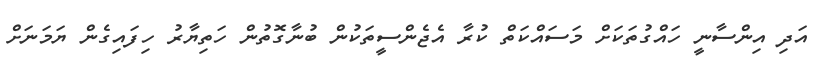
އަދި އިންސާނީ ހައްގުތަކަށް މަސައްކަތް ކުރާ އެޖެންސީތަކުން ބުނާގޮތުން ހަތިޔާރު ހިފައިގެން ޔަމަނަށް